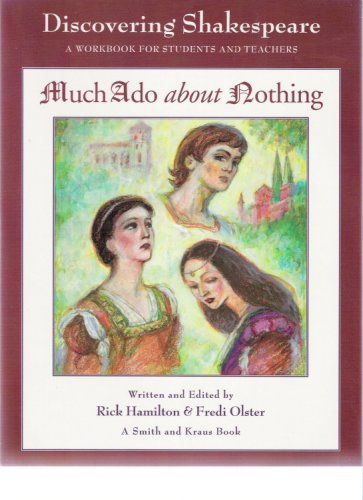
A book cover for Much Ado About Nothing: A Workbook for Students and Teachers (Young Actors Series); Rick Hamilton; Literature & Fiction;